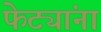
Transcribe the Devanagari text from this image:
फेट्यांना